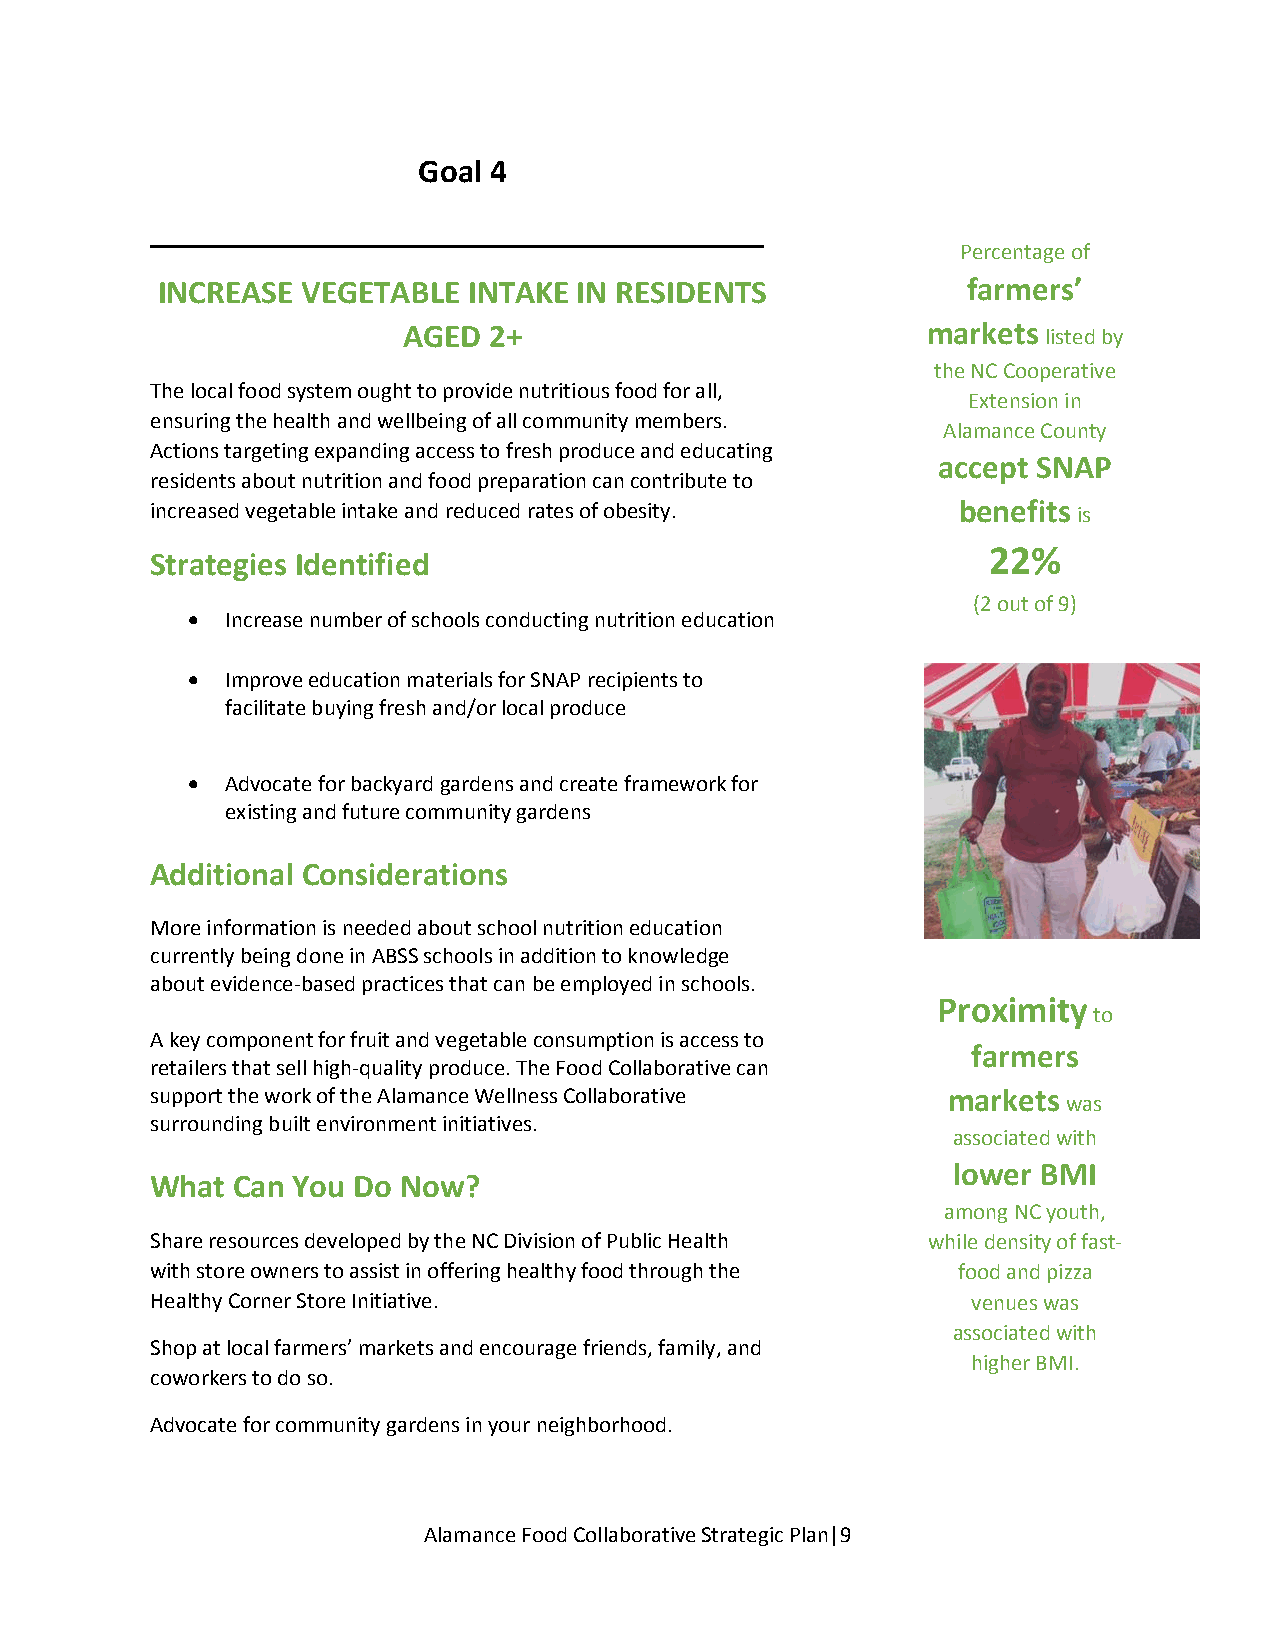
Goal 4
 _____________________________________
 Percentage of
 INCREASE  VEGETABLE  INTAKE IN RESIDENTS              farmers’
 AGED 2+                           markets listed by
 the NC Cooperative
 The local food system ought to provide nutritious food for all,
 Extension in
 ensuring the health and wellbeing of all community members.
 Alamance County
 Actions targeting expanding access to fresh produce and educating
 accept SNAP
 residents about nutrition and food preparation can contribute to
 increased vegetable intake and reduced rates of obesity. benefits is
 22%
 Strategies Identified
 (2 out of 9)
   Increase number of schools conducting nutrition education
   Improve education materials for SNAP recipients to
 facilitate buying fresh and/or local produce
   Advocate for backyard gardens and create framework for
 existing and future community gardens
 Additional Considerations
 More information is needed about school nutrition education
 currently being done in ABSS schools in addition to knowledge
 about evidence-based practices that can be employed in schools.
 Proximity
 to
 A key component for fruit and vegetable consumption is access to
 farmers
 retailers that sell high-quality produce. The Food Collaborative can
 support the work of the Alamance Wellness Collaborative markets
 was
 surrounding built environment initiatives.
 associated with
 lower BMI
 What Can You Do Now?
 among NC youth,
 Share resources developed by the NC Division of Public Health while density of fast-
 with store owners to assist in offering healthy food through the food and pizza
 Healthy Corner Store Initiative.                      venues was
 associated with
 Shop at local farmers’ markets and encourage friends, family, and
 higher BMI.
 coworkers to do so.
 Advocate for community gardens in your neighborhood.
 Alamance Food Collaborative Strategic Plan|9